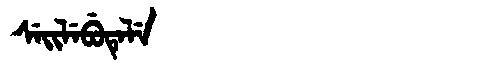
Manchu: ᠰᡝᡳᠯᡝᠪᡠᡨᡝᠯᡝ
Romanization: SEILEBUTELE